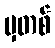
မှတစ်